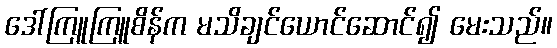
ဒေါ်ကြူကြူစိန်က မသိချင်ယောင်ဆောင်၍ မေးသည်။